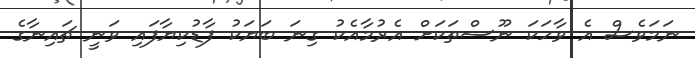
ނަމަވެސް އެ ވާހަކަ ނޫސްތަކަށް އެރުމާއެކު ގިނަ ބަޔަކު ފާޑުކިޔާފައި ވަނީ ޗައިނާގެ